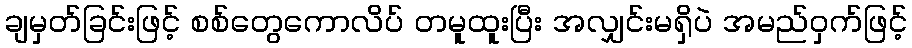
ချမှတ်ခြင်းဖြင့် စစ်တွေကောလိပ် တမူထူးပြီး အလျှင်းမရှိပဲ အမည်ဝှက်ဖြင့်